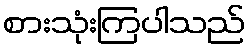
စားသုံးကြပါသည်